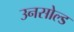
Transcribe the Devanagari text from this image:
उनसोल्ड